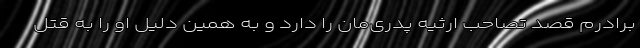
برادرم قصد تصاحب ارثیه پدری‌مان را دارد و به همین دلیل او را به قتل